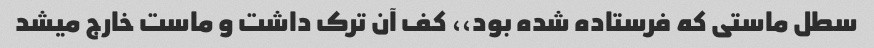
سطل ماستی که فرستاده شده بود،، کف آن ترک داشت و ماست خارج میشد